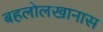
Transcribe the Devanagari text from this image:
बहलोलखानास